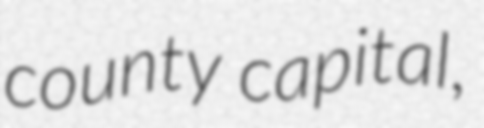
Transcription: county capital,